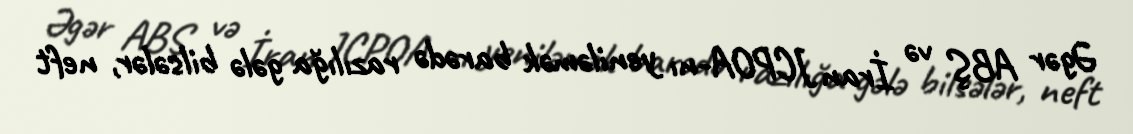
Əgər ABŞ və İran JCPOA-nı yeniləmək barədə razılığa gələ bilsələr, neft